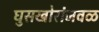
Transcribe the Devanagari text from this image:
घुसखोरांजवळ